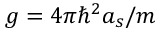
g = 4 \pi \hbar ^ { 2 } a _ { s } / m